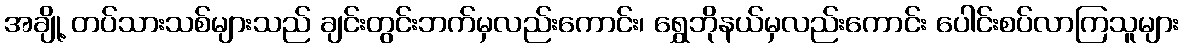
အချို့ တပ်သားသစ်များသည် ချင်းတွင်းဘက်မှလည်းကောင်း၊ ရွှေဘိုနယ်မှလည်းကောင်း ပေါင်းစပ်လာကြသူများ